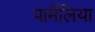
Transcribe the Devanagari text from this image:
पार्मेलिया